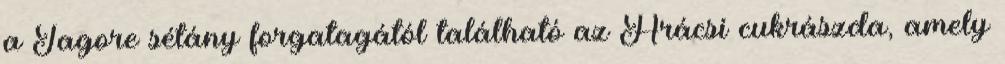
a Tagore sétány forgatagától található az Arácsi cukrászda, amely